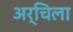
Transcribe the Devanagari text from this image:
अर्चिला